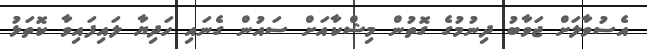
އެސުވާލަށް ޖަވާބު ދިނުމުގެ ގޮތުން މިޝްކާއަށް ސައުން ގެނައި ހަދިޔާ ލައިފައިވާ ކޮތަޅު